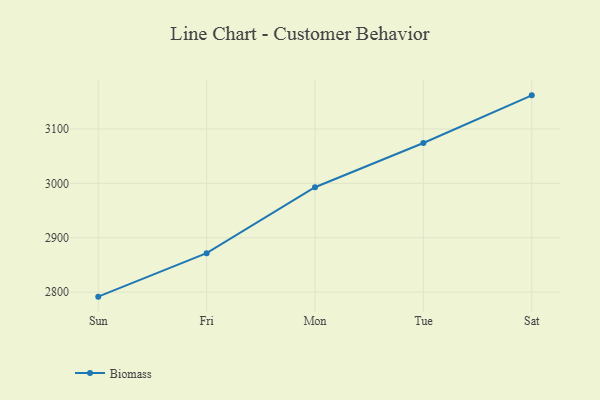
{"axis": {"x": "Day", "y": "Energy Usage (MWh)"}, "legend": ["Biomass"], "data": [{"x": "Sun", "y": 2791.7, "type": "Biomass"}, {"x": "Fri", "y": 2871.7, "type": "Biomass"}, {"x": "Mon", "y": 2992.8, "type": "Biomass"}, {"x": "Tue", "y": 3074.2, "type": "Biomass"}, {"x": "Sat", "y": 3161.8, "type": "Biomass"}]}